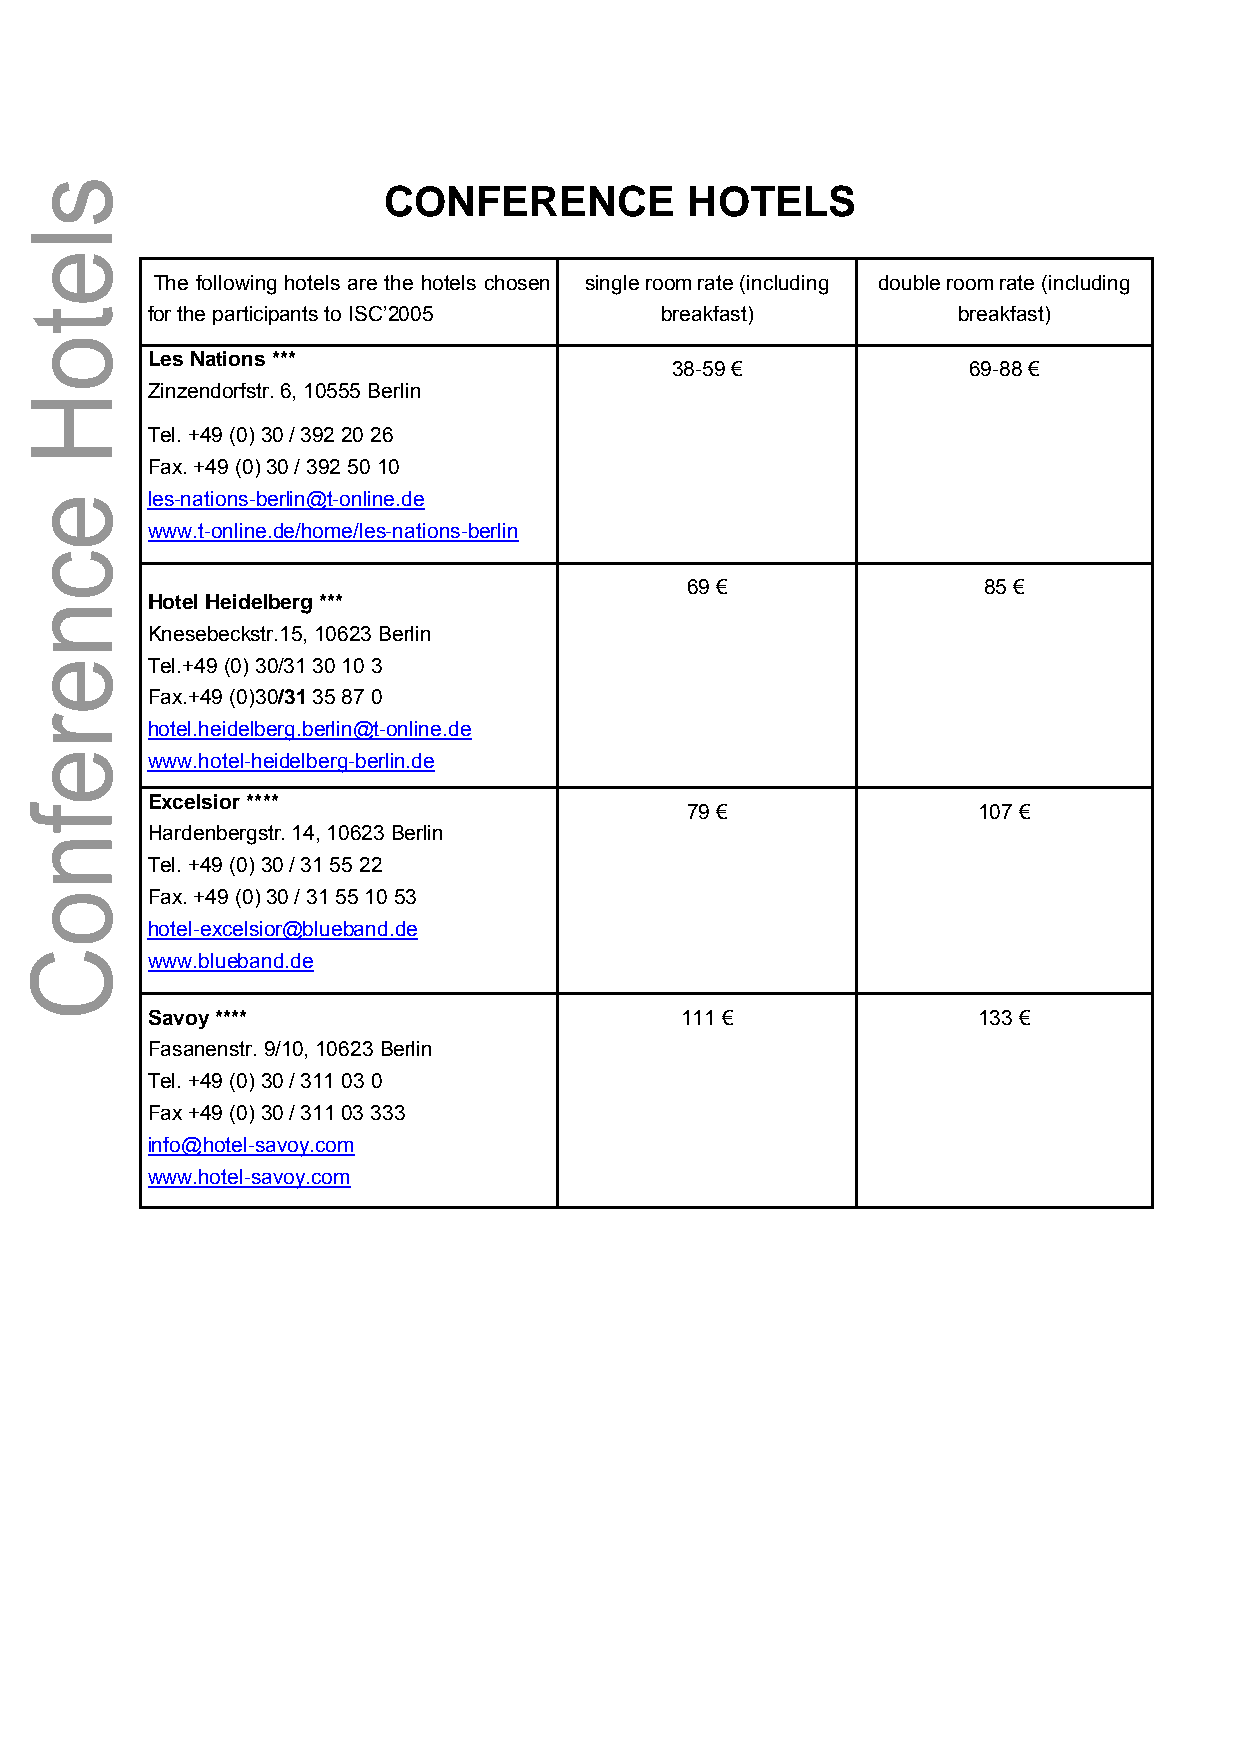
CONFERENCE          HOTELS
 The following hotels are the hotels chosen single room rate (including double room rate (including
 for the participants to ISC’2005  breakfast)         breakfast)
 Les Nations ***
 38-59 €             69-88 €
 Zinzendorfstr. 6, 10555 Berlin
 Tel. +49 (0) 30 / 392 20 26
 Fax. +49 (0) 30 / 392 50 10
 les-nations-berlin@t-online.de
 www.t-online.de/home/les-nations-berlin
 69 €                85 €
 Hotel Heidelberg ***
 Knesebeckstr.15, 10623 Berlin
 Tel.+49 (0) 30/31 30 10 3
 Fax.+49 (0)30/31 35 87 0
 hotel.heidelberg.berlin@t-online.de
 www.hotel-heidelberg-berlin.de
 Excelsior ****
 79 €                107 €
 Hardenbergstr. 14, 10623 Berlin
 Tel. +49 (0) 30 / 31 55 22
 Fax. +49 (0) 30 / 31 55 10 53
 hotel-excelsior@blueband.de
 www.blueband.de
 Savoy ****                         111 €               133 €
 Fasanenstr. 9/10, 10623 Berlin
 Tel. +49 (0) 30 / 311 03 0
 Fax +49 (0) 30 / 311 03 333
 info@hotel-savoy.com
 www.hotel-savoy.com